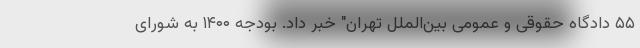
۵۵ دادگاه حقوقی و عمومی بین‌الملل تهران" خبر داد. بودجه ۱۴۰۰ به شورای